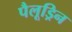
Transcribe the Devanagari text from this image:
पैलूड्रिन